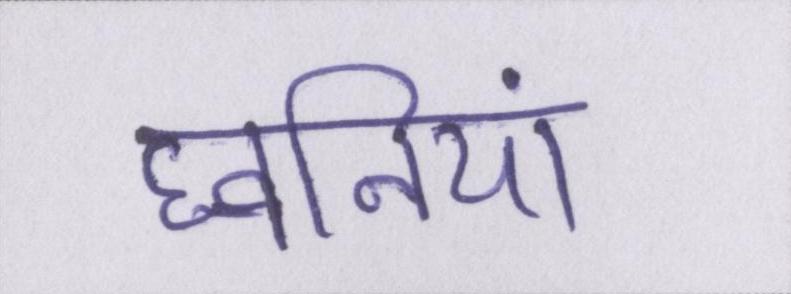
घ्वनियां